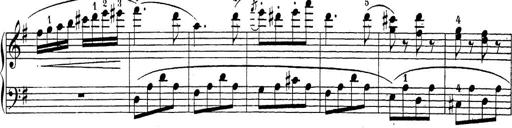
Title: Sonatina Album
Composer: Louis KÃ¶hler